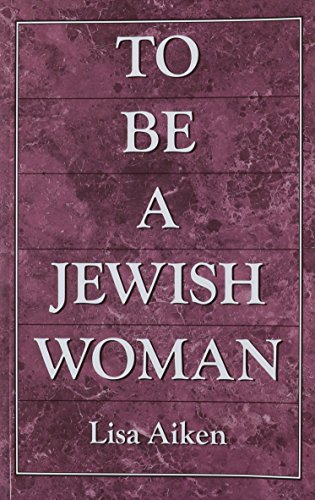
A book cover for To be a Jewish Woman: The Discussion of Judaism and Women; Lisa Aiken; Religion & Spirituality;